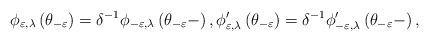
LaTeX: \begin{align*}\phi _{\varepsilon ,\lambda }\left( \theta _{-\varepsilon }\right) =\delta^{-1}\phi _{-\varepsilon ,\lambda }\left( \theta _{-\varepsilon }-\right) ,\phi _{\varepsilon ,\lambda }^{\prime }\left( \theta_{-\varepsilon }\right) =\delta ^{-1}\phi _{-\varepsilon ,\lambda }^{\prime}\left( \theta _{-\varepsilon }-\right) , \end{align*}